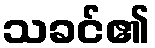
သခင်၏